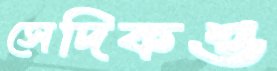
সেদিকও